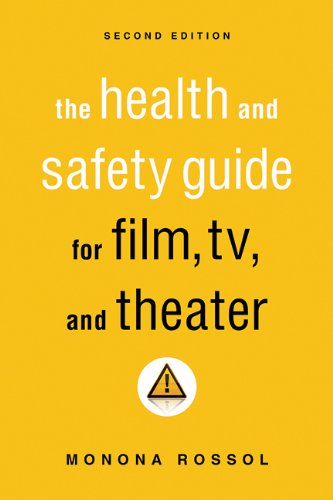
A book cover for The Health & Safety Guide for Film, TV & Theater, Second Edition; Monona Rossol; Humor & Entertainment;